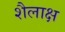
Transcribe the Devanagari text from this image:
शैलाक्ष